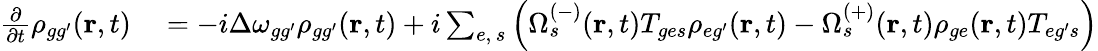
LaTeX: \begin{array}{rl}{\frac{\partial}{\partial t}\rho_{{gg^{\prime}}}(\textbf{r},t)}&{{}=-i\Delta\omega_{{gg^{\prime}}}\rho_{{gg^{\prime}}}(\textbf{r},t)+i\sum_{e,\, s}\left(\Omega_{s}^{(-)}(\textbf{r},t)T_{{ge}s}\rho_{{eg^{\prime}}}(\textbf{r},t)-\Omega_{s}^{(+)}(\textbf{r},t)\rho_{{ge}}(\textbf{r},t)T_{{eg^{\prime}}s}\right)}\end{array}